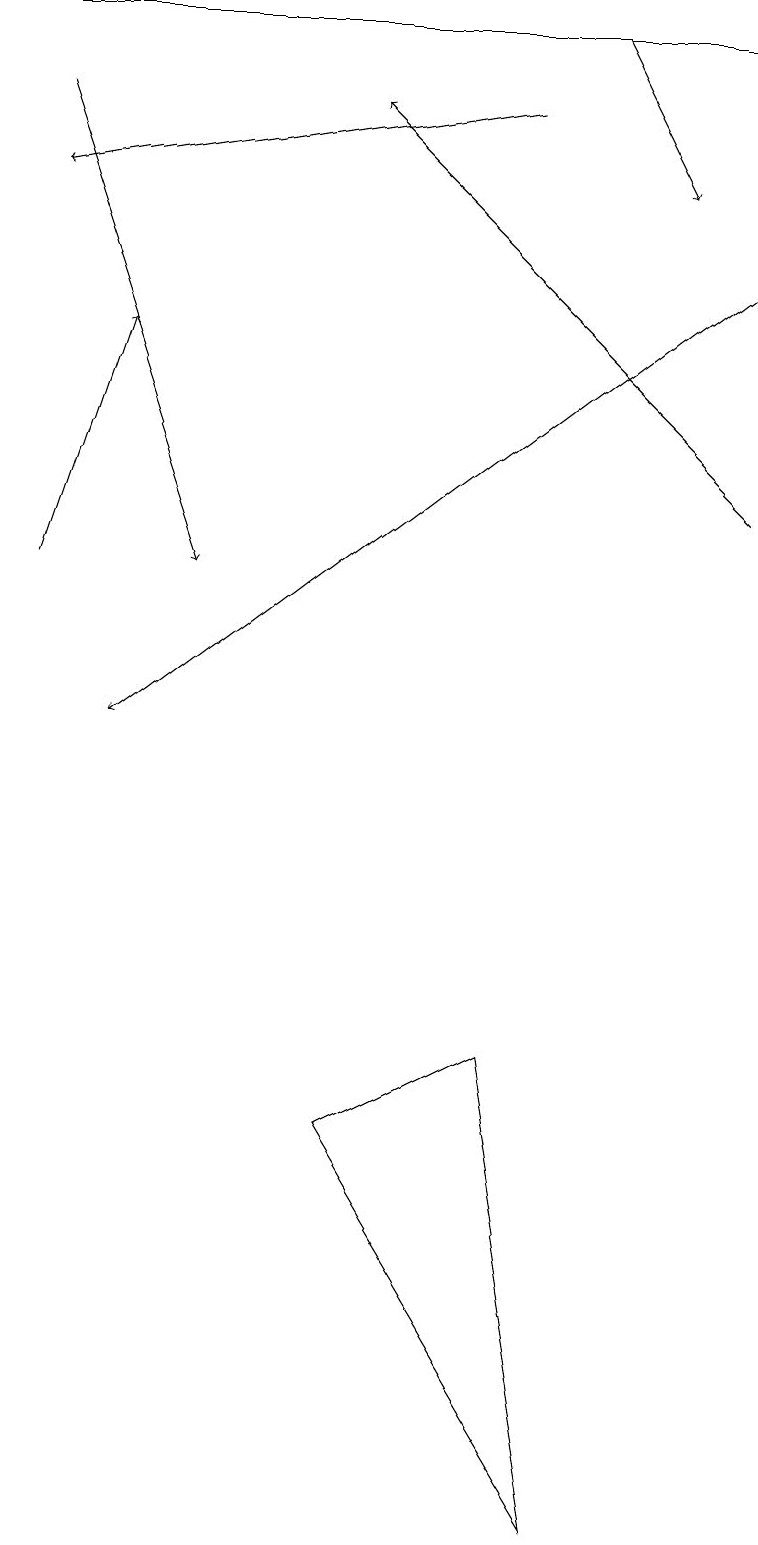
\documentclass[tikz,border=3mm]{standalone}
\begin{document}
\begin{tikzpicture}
\draw[->] (6,18) -- (0,17);
\draw[->] (7,19) -- (8,17);
\draw[->] (9,13) -- (4,18);
\draw[->] (0,12) -- (1,15);
\draw[->] (0,18) -- (2,12);
\draw (4,5) -- (7,0) -- (6,6) -- cycle;
\draw (9,19) rectangle (0,19);
\draw[->] (9,16) -- (1,10);
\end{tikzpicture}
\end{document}